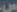
س